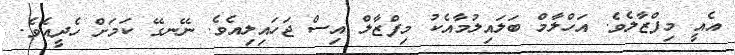
އެއީ މިފްޒާލެވެ. އަހްލާމް ބަލައިލުމާއެކު މިފްޒާލް އިސް ޖަހައިލިއެވެ. ނޭނގޭ ކަމަށް ހެދީއެވެ.